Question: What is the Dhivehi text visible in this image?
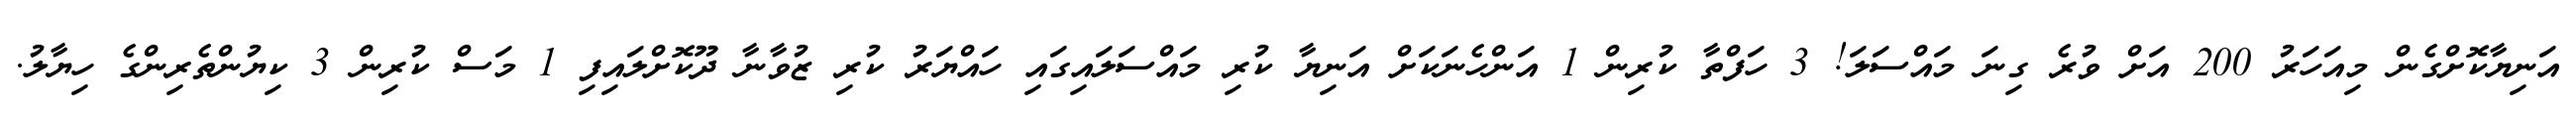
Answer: އަނިޔާކޮށްގެން މިއަހަރު 200 އަށް ވުރެ ގިނަ މައްސަލަ! 3 ހަފްތާ ކުރިން 1 އަންހެނަކަށް އަނިޔާ ކުރި މައްސަލައިގައި ހައްޔަރު ކުރި ޒުވާނާ ދޫކޮށްލައިފި 1 މަސް ކުރިން 3 ކިޔުންތެރިންގެ ހިޔާލު.